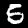
Digit: 5